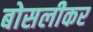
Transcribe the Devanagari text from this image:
बोसलीकर